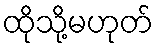
ထိုသို့မဟုတ်